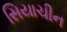
સિયાચીન